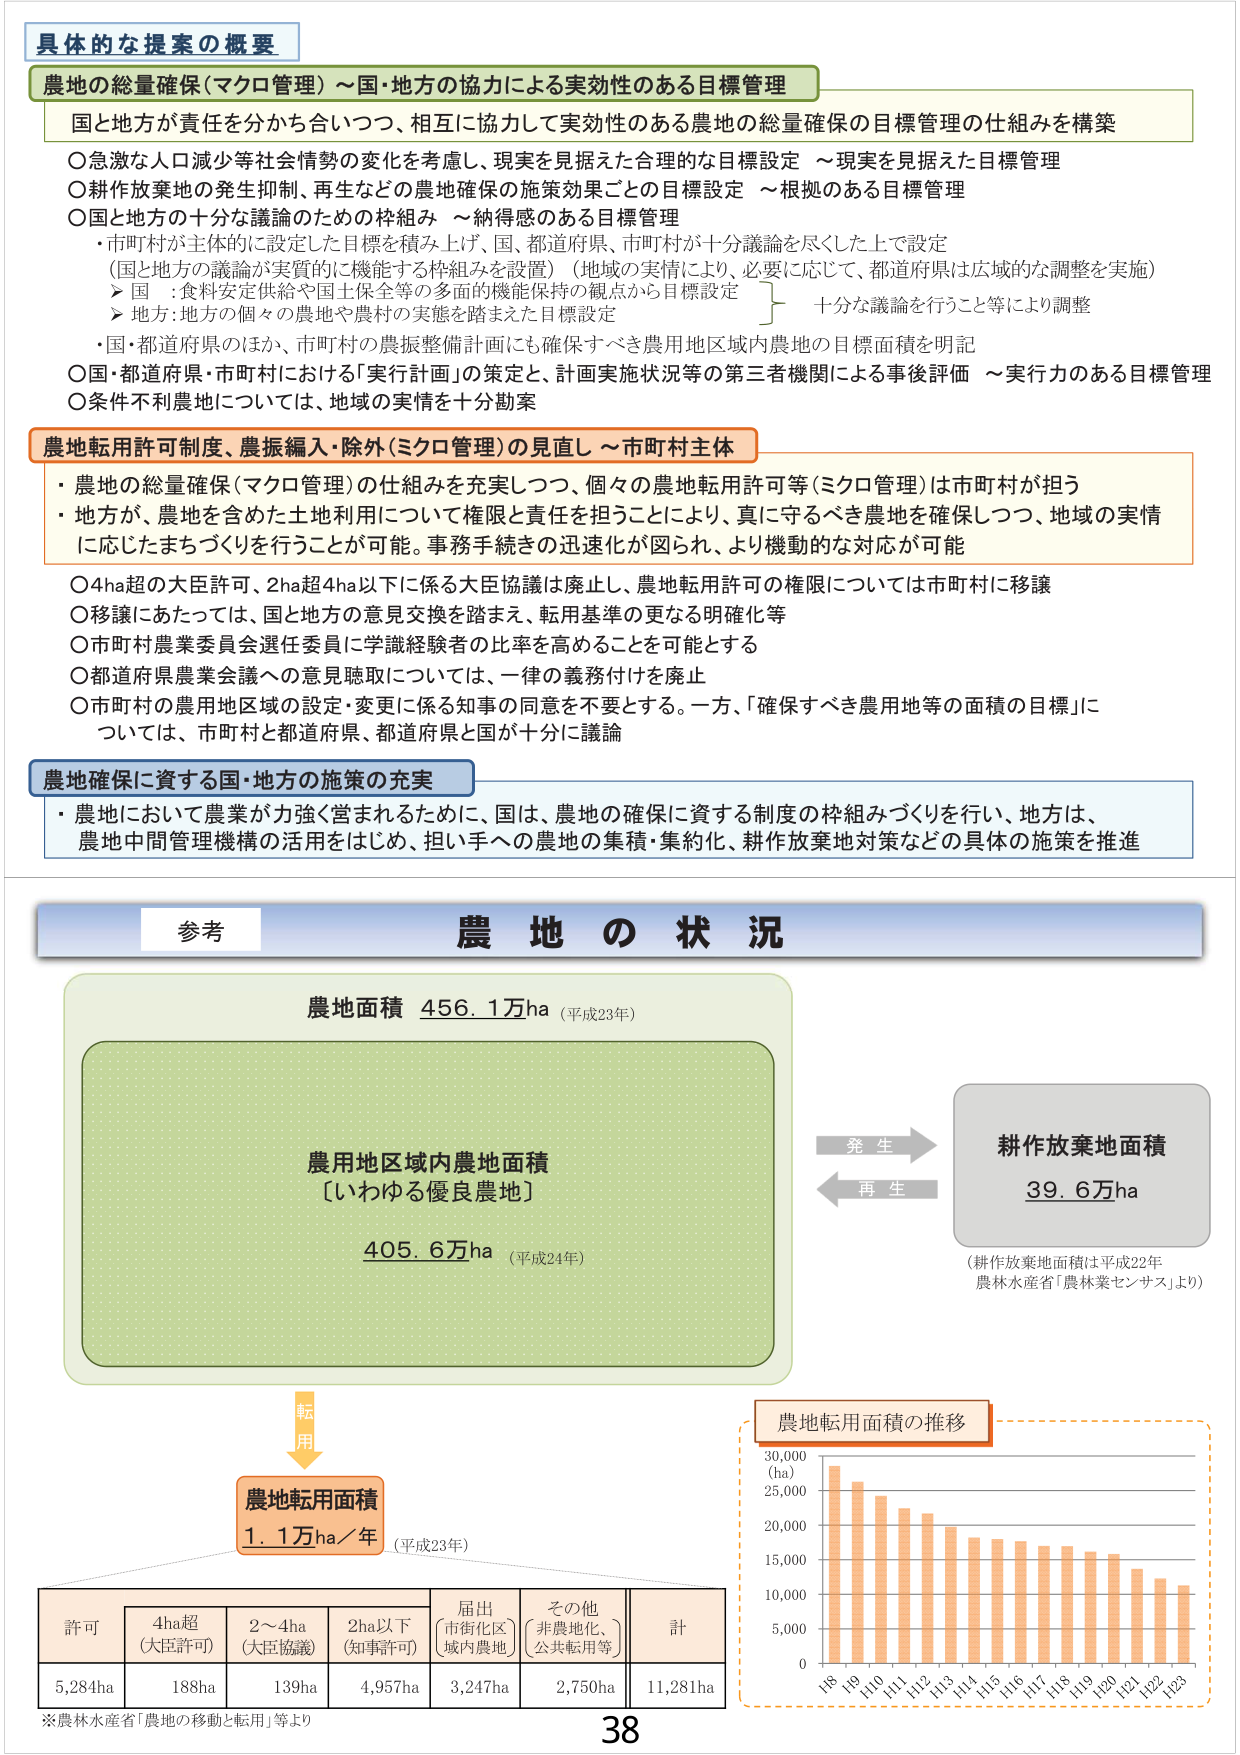
具体的な提案の概要
農地の総量確保（マクロ管理）～国・地方の協力による実効性のある目標管理
国と地方が責任を分かち合いつつ、相互に協力して実効性のある農地の総量確保の目標管理の仕組みを構築
○急激な人口減少等社会情勢の変化を考慮し、現実を見据えた合理的な目標設定 ～現実を見据えた目標管理
○耕作放棄地の発生抑制、再生などの農地確保の施策効果ごとの目標設定 ～根拠のある目標管理
○国と地方の十分な議論のための枠組み ～納得感のある目標管理
・市町村が主体的に設定した目標を積み上げ、国、都道府県、市町村が十分議論を尽くした上で設定
（国と地方の議論が実質的に機能する枠組みを設置）（地域の実情により、必要に応じて、都道府県は広域的な調整を実施）
▶ 国 ：食料安定供給や国土保全等の多面的機能保持の観点から目標設定
▶ 地方：地方の個々の農地や農村の実態を踏まえた目標設定
十分な議論を行うこと等により調整
・国・都道府県のほか、市町村の農振整備計画にも確保すべき農用地区域内農地の目標面積を明記
○国・都道府県・市町村における「実行計画」の策定と、計画実施状況等の第三者機関による事後評価 ～実行力のある目標管理
○条件不利農地については、地域の実情を十分勘案

農地転用許可制度、農振編入・除外（ミクロ管理）の見直し ～市町村主体
・農地の総量確保（マクロ管理）の仕組みを充実しつつ、個々の農地転用許可等（ミクロ管理）は市町村が担う
・地方が、農地を含めた土地利用について権限と責任を担うことにより、真に守るべき農地を確保しつつ、地域の実情に応じたまちづくりを行うことが可能。事務手続きの迅速化が図られ、より機動的な対応が可能
○4ha超の大臣許可、2ha超4ha以下に係る大臣協議は廃止し、農地転用許可の権限については市町村に移譲
○移譲にあたっては、国と地方の意見交換を踏まえ、転用基準の更なる明確化等
○市町村農業委員会選任委員に学識経験者の比率を高めることを可能とする
○都道府県農業会議への意見聴取については、一律の義務付けを廃止
○市町村の農用地区域の設定・変更に係る知事の同意を不要とする。一方、「確保すべき農用地等の面積の目標」については、市町村と都道府県、都道府県と国が十分に議論

農地確保に資する国・地方の施策の充実
・農地において農業が力強く営まれるために、国は、農地の確保に資する制度の枠組みづくりを行い、地方は、農地中間管理機構の活用をはじめ、担い手への農地の集積・集約化、耕作放棄地対策などの具体的施策を推進

参考
農地の状況
農地面積 456.1万ha（平成23年）
農用地区域内農地面積
〔いわゆる優良農地〕
405.6万ha（平成24年）
発生
再生
耕作放棄地面積
39.6万ha
（耕作放棄地面積は平成22年
農林水産省「農林業センサス」より）
転用
農地転用面積
1.1万ha／年（平成23年）
許可 4ha超（大臣許可） 2～4ha（大臣協議） 2ha以下（知事許可） 届出（市街化区域内農地） その他（非農地化、公共転用等） 計
5,284ha 188ha 139ha 4,957ha 3,247ha 2,750ha 11,281ha
※農林水産省「農地の移動と転用」等より
農地転用面積の推移
30,000
(ha)
25,000
20,000
15,000
10,000
5,000
0
H8 H9 H10 H11 H12 H13 H14 H15 H16 H17 H18 H19 H20 H21 H22 H23
38